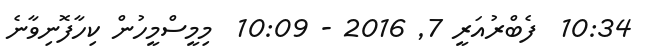
10:34  ފެބްރުއަރީ 7